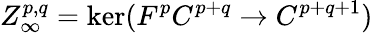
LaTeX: Z_{\infty}^{p,q}=\ker(F^{p}C^{p+q}\rightarrow C^{p+q+1})